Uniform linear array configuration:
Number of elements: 8
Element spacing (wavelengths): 0.5
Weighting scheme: blackman
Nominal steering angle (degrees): -45
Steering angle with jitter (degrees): -44.519
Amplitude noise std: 0.05
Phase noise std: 0.05

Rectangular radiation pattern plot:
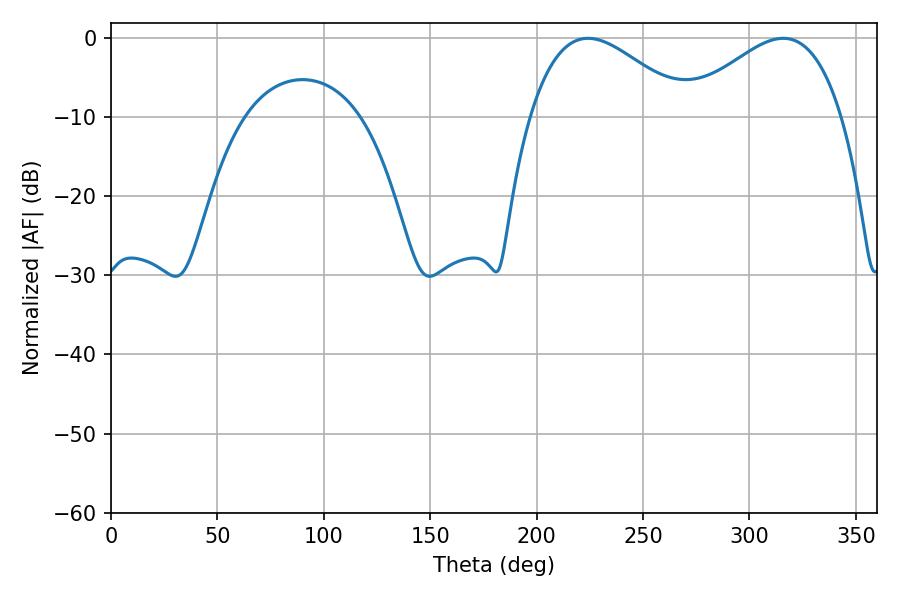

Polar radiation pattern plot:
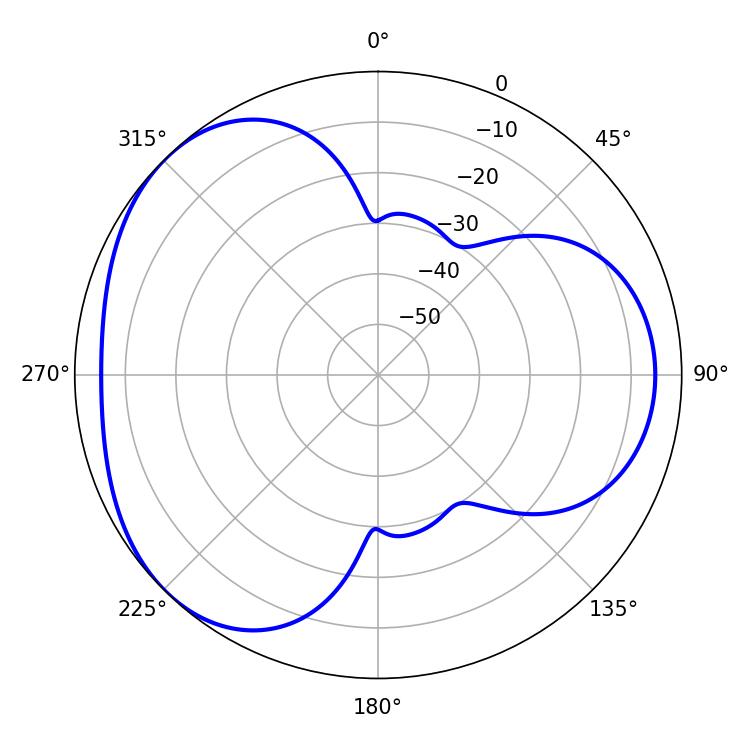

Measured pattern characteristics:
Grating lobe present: FALSE
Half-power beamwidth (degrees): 40.14
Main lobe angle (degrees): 224.1